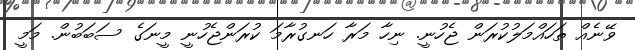
ވޭނެއް ތަހައްމަލުކުރަން ޖެހުނީ. ނިހާ މަރާ ހަނގުރާމަ ކުރަންޖެހުނީ މީނަގެ ސަބަބުން. މަމީ